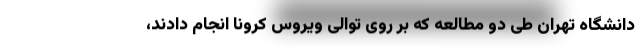
دانشگاه تهران طی دو مطالعه که بر روی توالی ویروس کرونا انجام دادند،